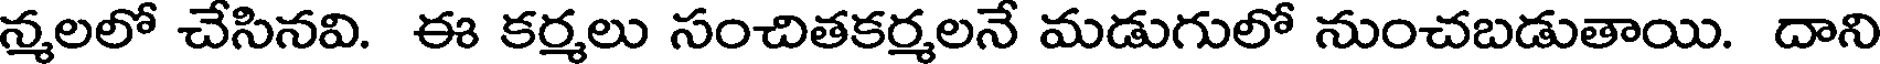
న్మలలో చేసినవి. ఈ కర్మలు సంచితకర్మలనే మడుగులో నుంచబడుతాయి. దాని